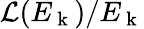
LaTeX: \mathcal{L}(E_{\mathrm{~k~}})/E_{\mathrm{~k~}}